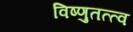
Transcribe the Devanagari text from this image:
विष्णुतत्त्व